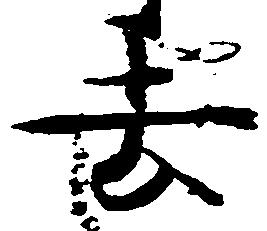
去